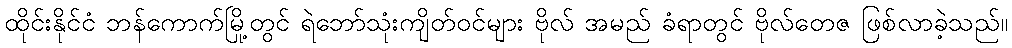
ထိုင်းနိုင်ငံ ဘန်ကောက်မြို့တွင် ရဲဘော်သုံးကျိတ်ဝင်များ ဗိုလ် အမည် ခံရာတွင် ဗိုလ်တေဇ ဖြစ်လာခဲ့သည်။